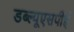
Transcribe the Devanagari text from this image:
डब्ल्यूएसपीई